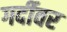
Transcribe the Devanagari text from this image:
गर्दीवर